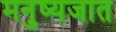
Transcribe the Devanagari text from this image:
मनुष्यजात